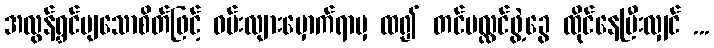
အလွန်ရွှင်ပျသောစိတ်ဖြင့် ဝမ်းလျားမှောက်ရာမှ ထ၍ တင်ပလ္လင်ဖွဲ့ခွေ ထိုင်နေပြီးလျှင် ...